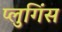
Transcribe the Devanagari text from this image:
प्लुगिंस